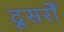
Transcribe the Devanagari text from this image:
दूसरोँ